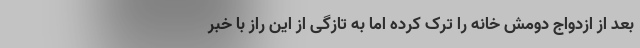
بعد از ازدواج دومش خانه را ترک کرده اما به تازگی از این راز با خبر